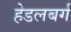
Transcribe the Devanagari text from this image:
हेडलबर्ग